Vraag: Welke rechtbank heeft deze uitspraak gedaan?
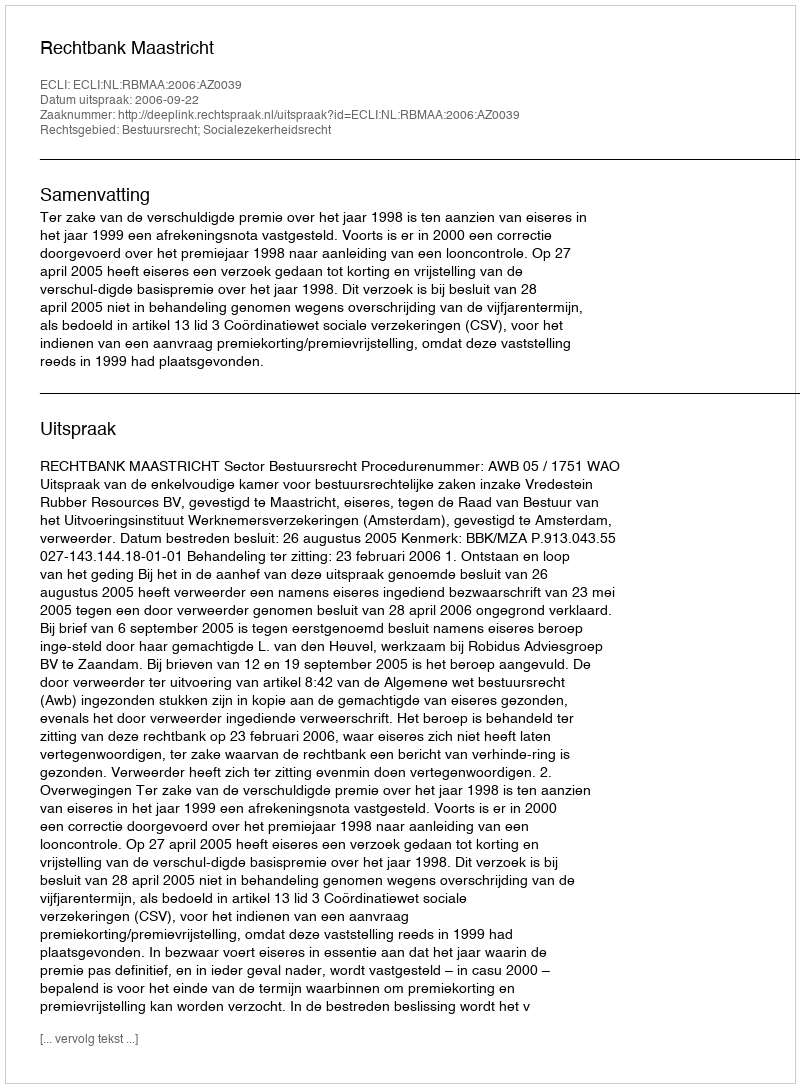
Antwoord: Rechtbank Maastricht